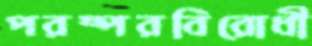
পরষ্পরবিরোধী